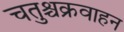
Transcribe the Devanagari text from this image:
चतुश्चक्रवाहन